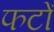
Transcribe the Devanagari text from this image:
फटों